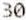
30